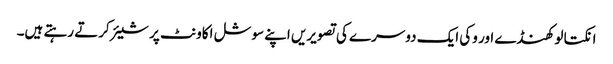
انکتا لوکھنڈے اور وکی ایک دوسرے کی تصویریں اپنے سوشل اکاونٹ پر شیئر کرتے رہتے ہیں۔